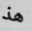
هذ